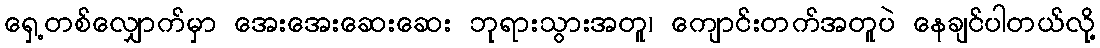
ရှေ့တစ်လျှောက်မှာ အေးအေးဆေးဆေး ဘုရားသွားအတူ၊ ကျောင်းတက်အတူပဲ နေချင်ပါတယ်လို့